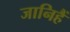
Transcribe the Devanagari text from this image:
जानिहैं